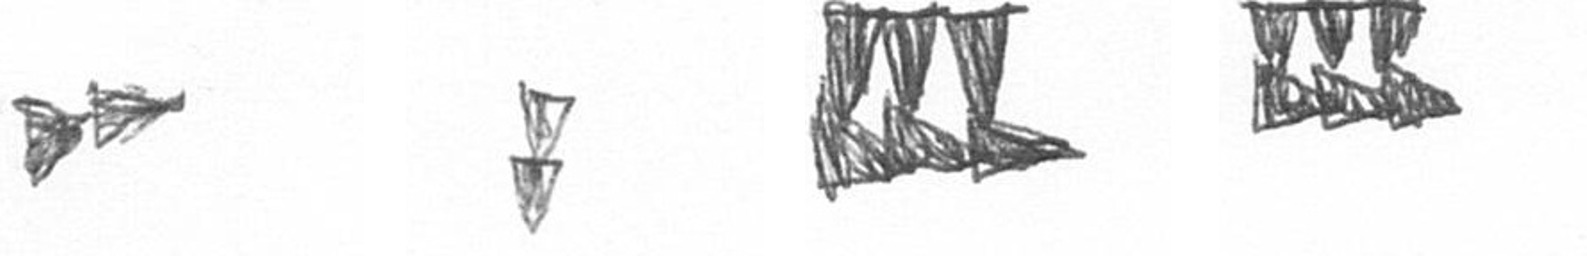
A Z D D